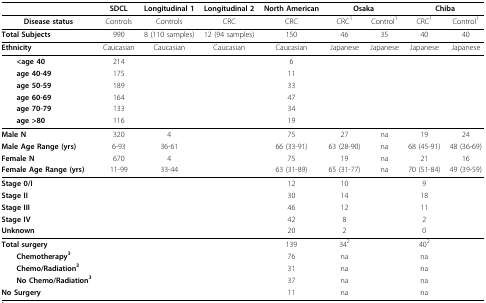
<table><thead><tr><td></td><td><b>SDCL</b></td><td><b>Longitudinal 1</b></td><td><b>Longitudinal 2</b></td><td><b>North American</b></td><td colspan="2"><b>Osaka</b></td><td colspan="2"><b>Chiba</b></td></tr></thead><tbody><tr><td><b>Disease status</b></td><td>Controls</td><td>Controls</td><td>CRC</td><td>CRC</td><td>CRC<sup>1</sup></td><td>Control<sup>1</sup></td><td>CRC<sup>1</sup></td><td>Control<sup>1</sup></td></tr><tr><td><b>Total Subjects</b></td><td>990</td><td>8 (110 samples)</td><td>12 (94 samples)</td><td>150</td><td>46</td><td>35</td><td>40</td><td>40</td></tr><tr><td><b>Ethnicity</b></td><td>Caucasian</td><td>Caucasian</td><td>Caucasian</td><td>Caucasian</td><td>Japanese</td><td>Japanese</td><td>Japanese</td><td>Japanese</td></tr><tr><td> <b>&lt; age 40</b></td><td>214</td><td></td><td></td><td>6</td><td></td><td></td><td></td><td></td></tr><tr><td> <b>age 40-49</b></td><td>175</td><td></td><td></td><td>11</td><td></td><td></td><td></td><td></td></tr><tr><td> <b>age 50-59</b></td><td>189</td><td></td><td></td><td>33</td><td></td><td></td><td></td><td></td></tr><tr><td> <b>age 60-69</b></td><td>164</td><td></td><td></td><td>47</td><td></td><td></td><td></td><td></td></tr><tr><td> <b>age 70-79</b></td><td>133</td><td></td><td></td><td>34</td><td></td><td></td><td></td><td></td></tr><tr><td> <b>age &gt;80</b></td><td>116</td><td></td><td></td><td>19</td><td></td><td></td><td></td><td></td></tr><tr><td><b>Male N</b></td><td>320</td><td>4</td><td></td><td>75</td><td>27</td><td>na</td><td>19</td><td>24</td></tr><tr><td><b>Male Age Range (yrs)</b></td><td>6-93</td><td>36-61</td><td></td><td>66 (33-91)</td><td>63 (28-90)</td><td>na</td><td>68 (45-91)</td><td>48 (36-69)</td></tr><tr><td><b>Female N</b></td><td>670</td><td>4</td><td></td><td>75</td><td>19</td><td>na</td><td>21</td><td>16</td></tr><tr><td><b>Female Age Range (yrs)</b></td><td>11-99</td><td>33-44</td><td></td><td>63 (31-89)</td><td>65 (31-77)</td><td>na</td><td>70 (51-84)</td><td>49 (39-59)</td></tr><tr><td><b>Stage 0/I</b></td><td></td><td></td><td></td><td>12</td><td>10</td><td></td><td>9</td><td></td></tr><tr><td><b>Stage II</b></td><td></td><td></td><td></td><td>30</td><td>14</td><td></td><td>18</td><td></td></tr><tr><td><b>Stage III</b></td><td></td><td></td><td></td><td>46</td><td>12</td><td></td><td>11</td><td></td></tr><tr><td><b>Stage IV</b></td><td></td><td></td><td></td><td>42</td><td>8</td><td></td><td>2</td><td></td></tr><tr><td><b>Unknown</b></td><td></td><td></td><td></td><td>20</td><td>2</td><td></td><td>0</td><td></td></tr><tr><td><b>Total surgery</b></td><td></td><td></td><td></td><td>139</td><td>34<sup>2</sup></td><td></td><td>40<sup>2</sup></td><td></td></tr><tr><td> <b>Chemotherapy</b><sup><b>3</b></sup></td><td></td><td></td><td></td><td>76</td><td>na</td><td></td><td>na</td><td></td></tr><tr><td> <b>Chemo/Radiation</b><sup><b>3</b></sup></td><td></td><td></td><td></td><td>31</td><td>na</td><td></td><td>na</td><td></td></tr><tr><td> <b>No Chemo/Radiation</b><sup><b>3</b></sup></td><td></td><td></td><td></td><td>37</td><td>na</td><td></td><td>na</td><td></td></tr><tr><td><b>No Surgery</b></td><td></td><td></td><td></td><td>11</td><td>na</td><td></td><td>na</td><td></td></tr></tbody></table>